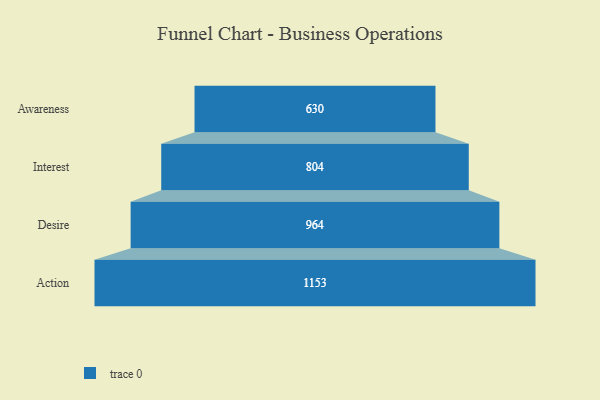
{"axis": {"x": "Stage", "y": "Value"}, "legend": [""], "data": [{"x": "Awareness", "y": 630.0, "type": ""}, {"x": "Interest", "y": 804.0, "type": ""}, {"x": "Desire", "y": 964.0, "type": ""}, {"x": "Action", "y": 1153.0, "type": ""}]}